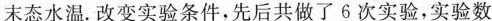
末态水温.改变实验条件，先后共做了6次实验，实验数